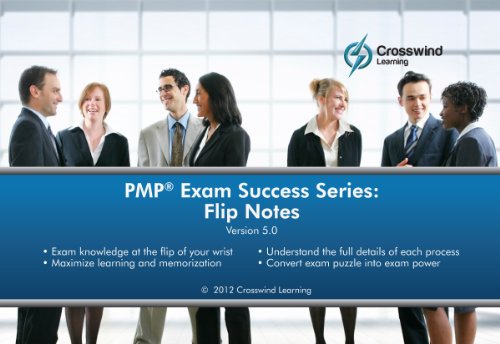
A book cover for PMP Exams Success Series: Flip Notes; MBA, CAPM, Project +, CSM, CCBA, PMI-SP, PMI-RMP, PMI-ACP, PMP, PgMP Tony Johnson; Test Preparation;